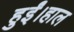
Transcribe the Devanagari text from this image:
हुईं।हाल